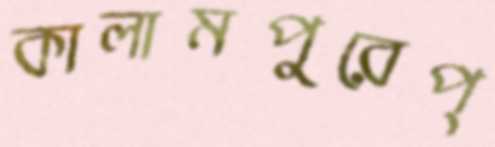
কালামপুরেপ্